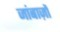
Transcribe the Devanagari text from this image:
जांबाज़ों